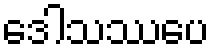
ဒေါသဿပေ